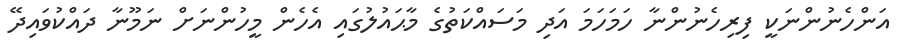
އަންހެނުންނަކީ ފިރިހެނުންނާ ހަމަހަމަ އަދި މަސައްކަތުގެ މާޙައުލުގައި އެހެން މީހުންނަށް ނަމޫނާ ދައްކުވައިދޭ